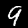
Digit: 9